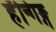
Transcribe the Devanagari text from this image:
हॅन्गिङ्ग